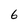
Character: 6